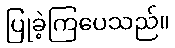
ပြုခဲ့ကြပေသည်။